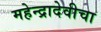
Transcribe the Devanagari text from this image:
महेन्द्रादेवीचा